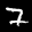
Label: 7